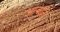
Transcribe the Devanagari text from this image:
अन्जलि